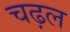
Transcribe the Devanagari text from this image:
चढ़ल